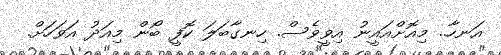
އަނހާ.. މިއޮށްއައީނު އިވީވެސް. ހިނގާބަލަ ކޮފީ ބޯން މިއަދު އަވަހަށް.